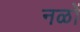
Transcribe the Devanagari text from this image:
नळों